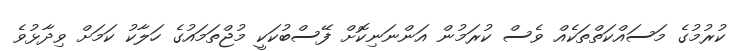
ކުރުމުގެ މަސައްކަތްތަކެއް ވެސް ކުރަމުން އަންނަނިކޮށް ފޭސްބުކަކީ މުޖްތަމައުގެ ހަލާކު ކަމަށް ވިދާޅުވެ